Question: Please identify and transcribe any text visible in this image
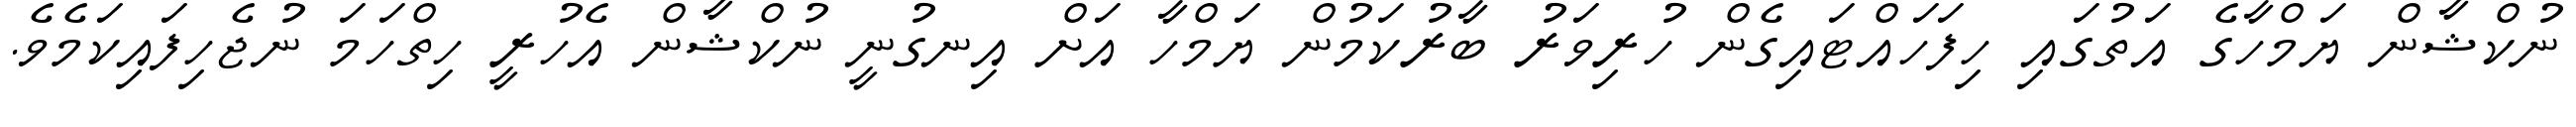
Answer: ނުކްޝާން ޔަމްހާގެ އަތުގައި ހިފަހައްޓައިގެން ހުރިވަރު ބާރުކަމުން ޔަމްހާ އަށް އިނގުނީ ނުކްޝާން އެހުރީ ހިތްހަމަ ނުޖެހިފައިކަމެވެ.